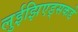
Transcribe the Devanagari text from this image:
लुईझिएड्सकडे